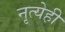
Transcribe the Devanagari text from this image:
नृत्येही